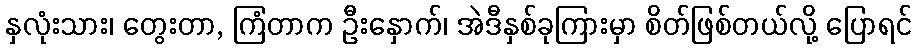
နှလုံးသား၊ တွေးတာ, ကြံတာက ဦးနှောက်၊ အဲဒီနှစ်ခုကြားမှာ စိတ်ဖြစ်တယ်လို့ ပြောရင်